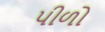
પીળો